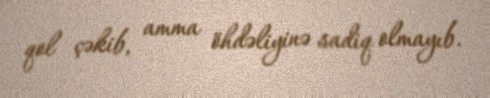
qol çəkib, amma öhdəliyinə sadiq olmayıb.